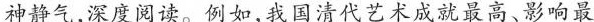
神静气，深度阅读。例如,我国清代艺术成就最高、影响最